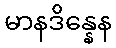
မာနဒိန္နေန